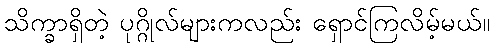
သိက္ခာရှိတဲ့ ပုဂ္ဂိုလ်များကလည်း ရှောင်ကြလိမ့်မယ်။